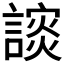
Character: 𰵅